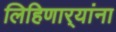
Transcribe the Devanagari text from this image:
लिहिणार्‍यांना